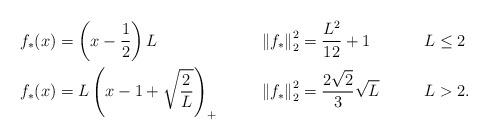
LaTeX: \begin{align*} f_*(x)&=\left(x-\frac{1}{2}\right)L & \left\|f_*\right\|_2^2 &= \frac{L^2}{12}+1 & & L\leq 2\\ f_*(x)&=L\left(x-1+\sqrt{\frac{2}{L}}\right)_+ & \left\|f_*\right\|_2^2 &= \frac{2\sqrt{2}}{3}\sqrt{L} & & L> 2. \end{align*}